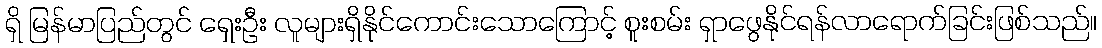
ရှိ မြန်မာပြည်တွင် ရှေးဦး လူများရှိနိုင်ကောင်းသောကြောင့် စူးစမ်း ရှာဖွေနိုင်ရန်လာရောက်ခြင်းဖြစ်သည်။